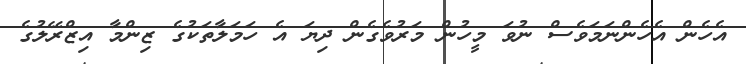
އެހެން އެހެންނަމަވެސް ނުވަ މީހުން މަރުވެގެން ދިޔަ އެ ހަމަލާތަކުގެ ޒިންމާ އިޒްރޭލުގެ